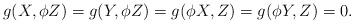
LaTeX: \begin{align*}g(X,\phi Z)=g(Y,\phi Z)=g(\phi X,Z)=g(\phi Y,Z)=0.\end{align*}